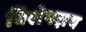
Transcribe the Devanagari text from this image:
विशेषज्ञय